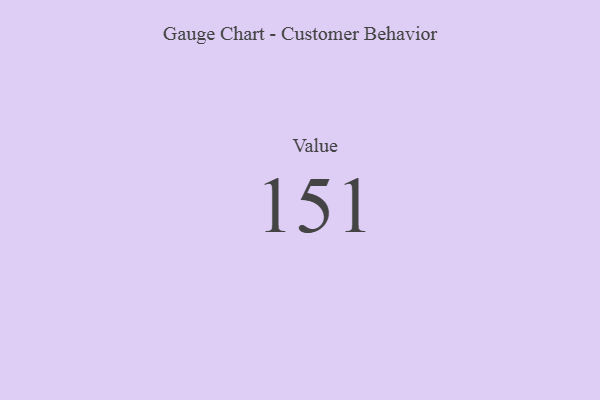
{"axis": {"x": "Metric", "y": "Value"}, "legend": [""], "data": [{"x": "Value", "y": 151, "type": ""}]}